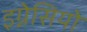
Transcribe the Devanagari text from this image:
इग्नेसियो